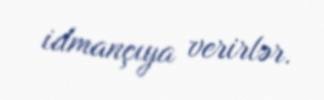
idmançıya verirlər.